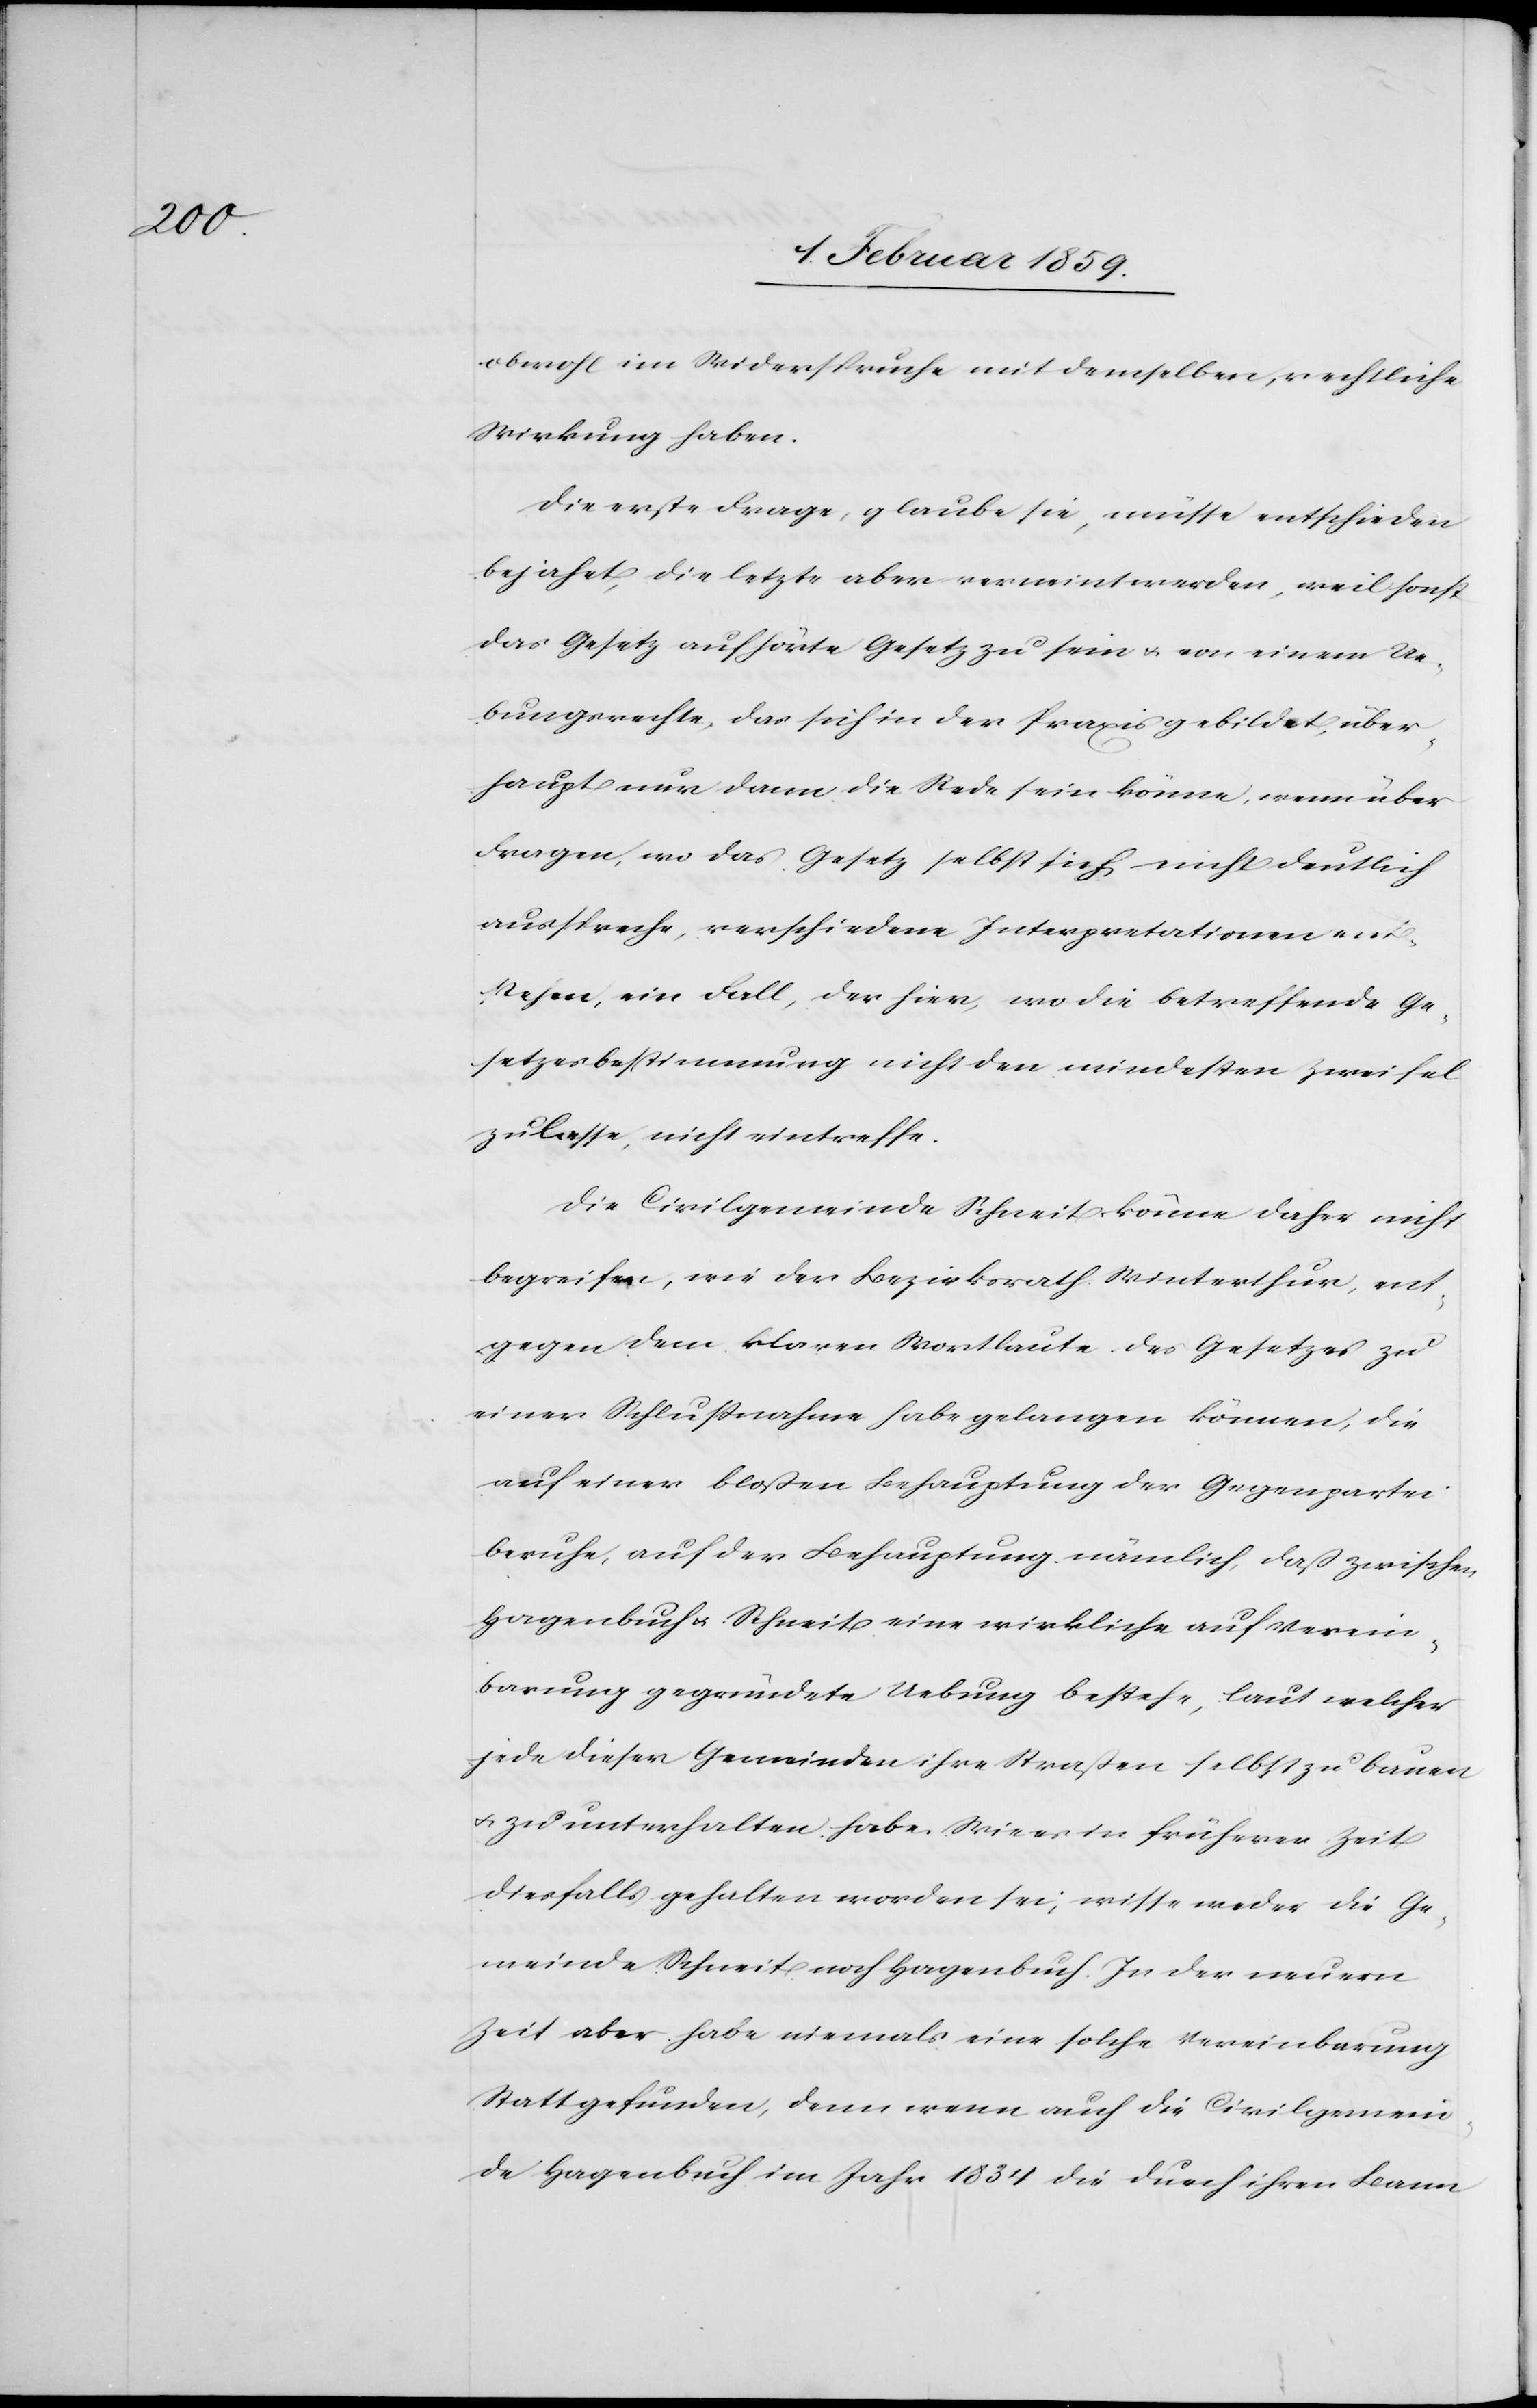
obwohl im Widerspruche mit demselben, rechtliche
Wirkung haben.
Die erste Frage, glaube sie, müsse entschieden
bejaht, die letzte aber verneint werden, weil sonst
das Gesetz aufhörte Gesetz zu sein u. von einem Ue¬
bungsrechte, das sich in der Praxis gebildet, über¬
haupt nur dann die Rede sein könne, wenn über
Fragen, wo das Gesetz selbst sich nicht deutlich
ausspreche, verschiedene Interpretationen ent¬
stehen, ein Fall, der hier, wo die betreffende Ge¬
setzesbestimmung nicht den mindesten Zweifel
zulasse, nicht eintreffe.
Die Civilgemeinde Schneit könne daher nicht
begreifen, wie der Bezirksrath Winterthur, ent¬
gegen dem klaren Wortlaute des Gesetzes zu
einer Schlußnahme habe gelangen können, die
auf einer bloßen Behauptung der Gegenpartei
beruhe, auf der Behauptung nämlich, daß zwischen
Hagenbuch u. Schneit eine wirkliche auf Verein¬
barung gegründete Uebung bestehe, laut welcher
jede dieser Gemeinden ihre Straßen selbst zu bauen
u. zu unterhalten habe. Wie es in früherer Zeit
diesfalls gehalten worden sei, wisse weder die Ge¬
meinde Schneit noch Hagenbuch. In der neuern
Zeit habe niemals eine solche Vereinbarung
Stattgefunden, denn wenn auch die Civilgemein¬
de Hagenbuch im Jahr 1834 die durch ihren Bann